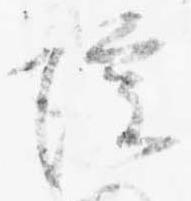
院